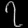
Digit: ၇